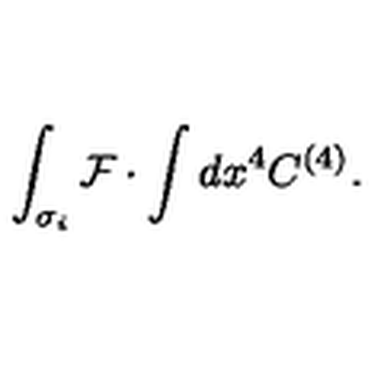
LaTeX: \int _ { \sigma _ { i } } { \cal F } \cdot \int d x ^ { 4 } C ^ { ( 4 ) } .